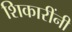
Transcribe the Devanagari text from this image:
शिकारींनी